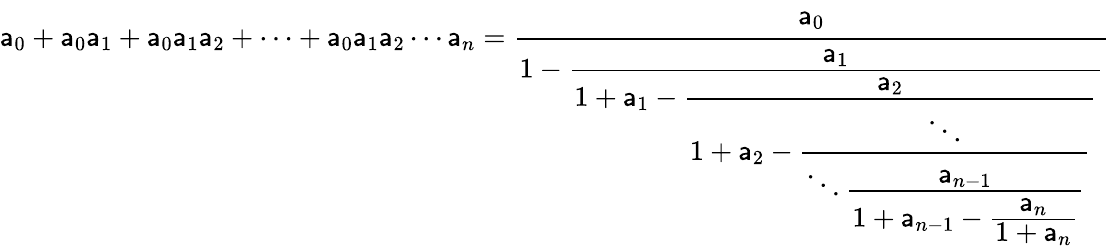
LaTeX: \mathsf{a}_{0}+\mathsf{a}_{0}\mathsf{a}_{1}+\mathsf{a}_{0}\mathsf{a}_{1}\mathsf{a}_{2}+\cdots+\mathsf{a}_{0}\mathsf{a}_{1}\mathsf{a}_{2}\cdots\mathsf{a}_{n}={\cfrac{\mathsf{a}_{0}}{1-{\cfrac{\mathsf{a}_{1}}{1+\mathsf{a}_{1}-{\cfrac{\mathsf{a}_{2}}{1+\mathsf{a}_{2}-{\cfrac{\ddots}{\ddots{\cfrac{\mathsf{a}_{n-1}}{1+\mathsf{a}_{n-1}-{\cfrac{\mathsf{a}_{n}}{1+\mathsf{a}_{n}}}}}}}}}}}}}